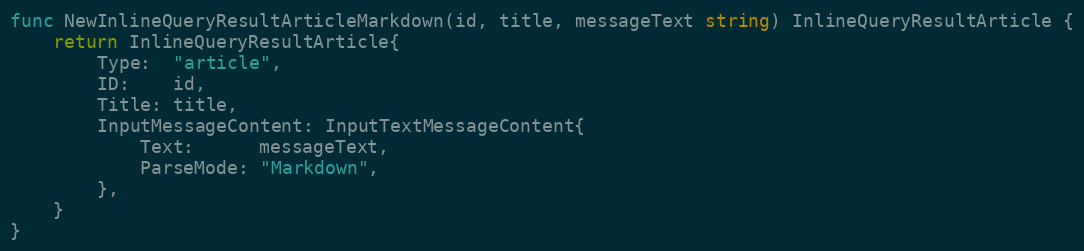
Language: Go
func NewInlineQueryResultArticleMarkdown(id, title, messageText string) InlineQueryResultArticle {
	return InlineQueryResultArticle{
		Type:  "article",
		ID:    id,
		Title: title,
		InputMessageContent: InputTextMessageContent{
			Text:      messageText,
			ParseMode: "Markdown",
		},
	}
}